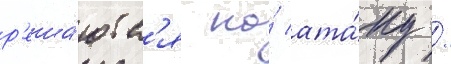
р'еша́ютс'я на́ ата́ку /